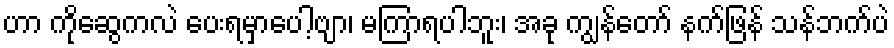
ဟာ ကိုဆွေကလဲ ပေးရမှာပေါ့ဗျာ၊ မကြာရပါဘူး၊ အခု ကျွန်တော် နက်ဖြန် သန်ဘက်ပဲ